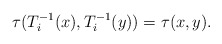
\begin{align*}\tau(T_i^{-1}(x), T_i^{-1}(y))=\tau(x, y).\end{align*}